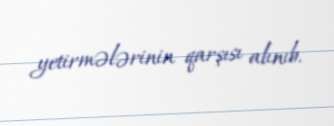
yetirmələrinin qarşısı alınıb.